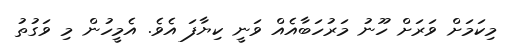
މިކަމަށް ވަރަށް ހޫނު މަރުހަބާއެއް ވަނީ ކިޔާފަ އެވެ. އެމީހުން މި ވަގުތު